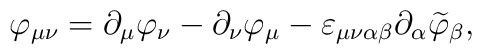
\varphi _{\mu \nu }=\partial _\mu \varphi _\nu -\partial _\nu\varphi _\mu -\varepsilon _{\mu \nu \alpha \beta }\partial _\alpha\widetilde{\varphi } _\beta ,